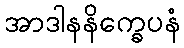
အာဒါနနိက္ခေပနံ